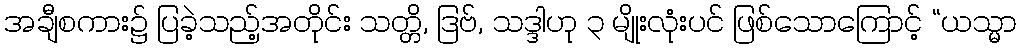
အချီစကား၌ ပြခဲ့သည့်အတိုင်း သတ္တိ, ဒြဗ်, သဒ္ဒါဟု ၃ မျိုးလုံးပင် ဖြစ်သောကြောင့် “ယသ္မာ